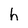
Character: h